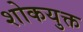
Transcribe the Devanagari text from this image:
शोकयुक्त